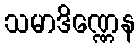
သမာဒိဏ္ဏေန